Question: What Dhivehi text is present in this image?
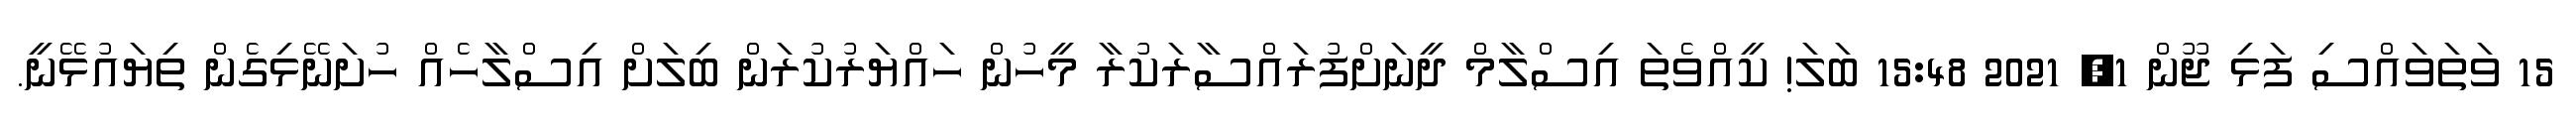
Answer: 15 ވަތަވައްސި ފަޅި ޖޫން 1, 2021 15:48 ބަލަ! ކީއްވެތަ އިސްލާމް ދީނަށްފުރައްސާރަކުރާ މީހުން ހައްޔަރުކުރަން ބިލަށް އިސްލާހެއް ހުށަނޭޅިގެން ތިޔައުޅޭނީ.